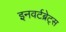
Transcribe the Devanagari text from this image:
इनवर्टब्रेट्स